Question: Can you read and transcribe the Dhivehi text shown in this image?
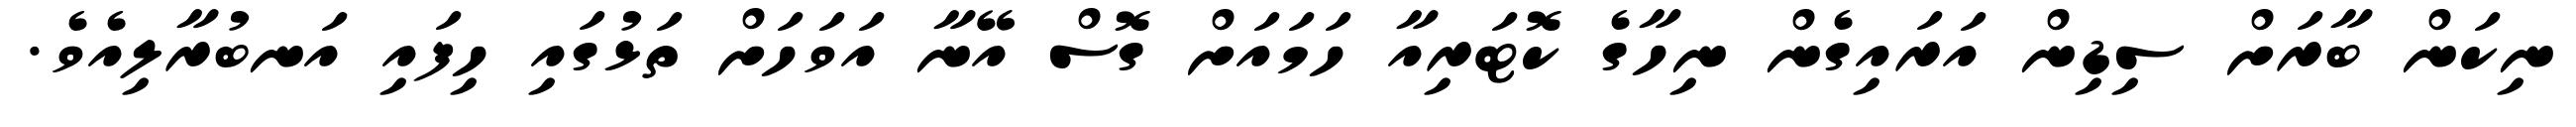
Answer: ނިކަން ބާރަށް ސިޑިން އަރައިގެން ނިހާގެ ކޮޓަރިއާ ހަމައަށް ގޮސް އޭނާ އަވަހަށް ތަޅުގައި ހިފައި އަނބުރާލިއެވެ.